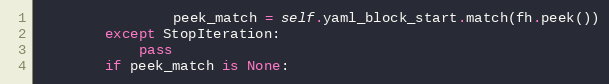
Language: Python
                peek_match = self.yaml_block_start.match(fh.peek())
        except StopIteration:
            pass
        if peek_match is None: